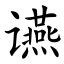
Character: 䜩